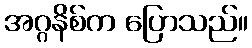
အဂ္ဂနိစ်က ပြောသည်။